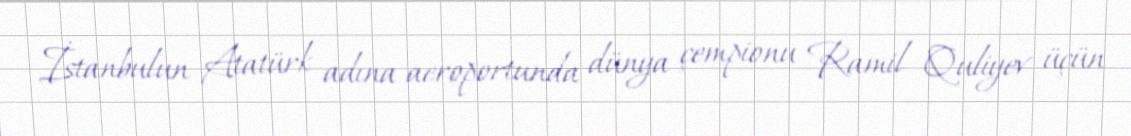
İstanbulun Atatürk adına aeroportunda dünya çempionu Ramil Quliyev üçün